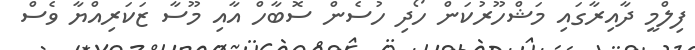
ފިލްމީ ދާއިރާގައި މަޝްހޫރުކަން ހޯދި ހުސެން ސޮބާހް އާއި މޫސާ ޒަކަރިއްޔާ ވެސް